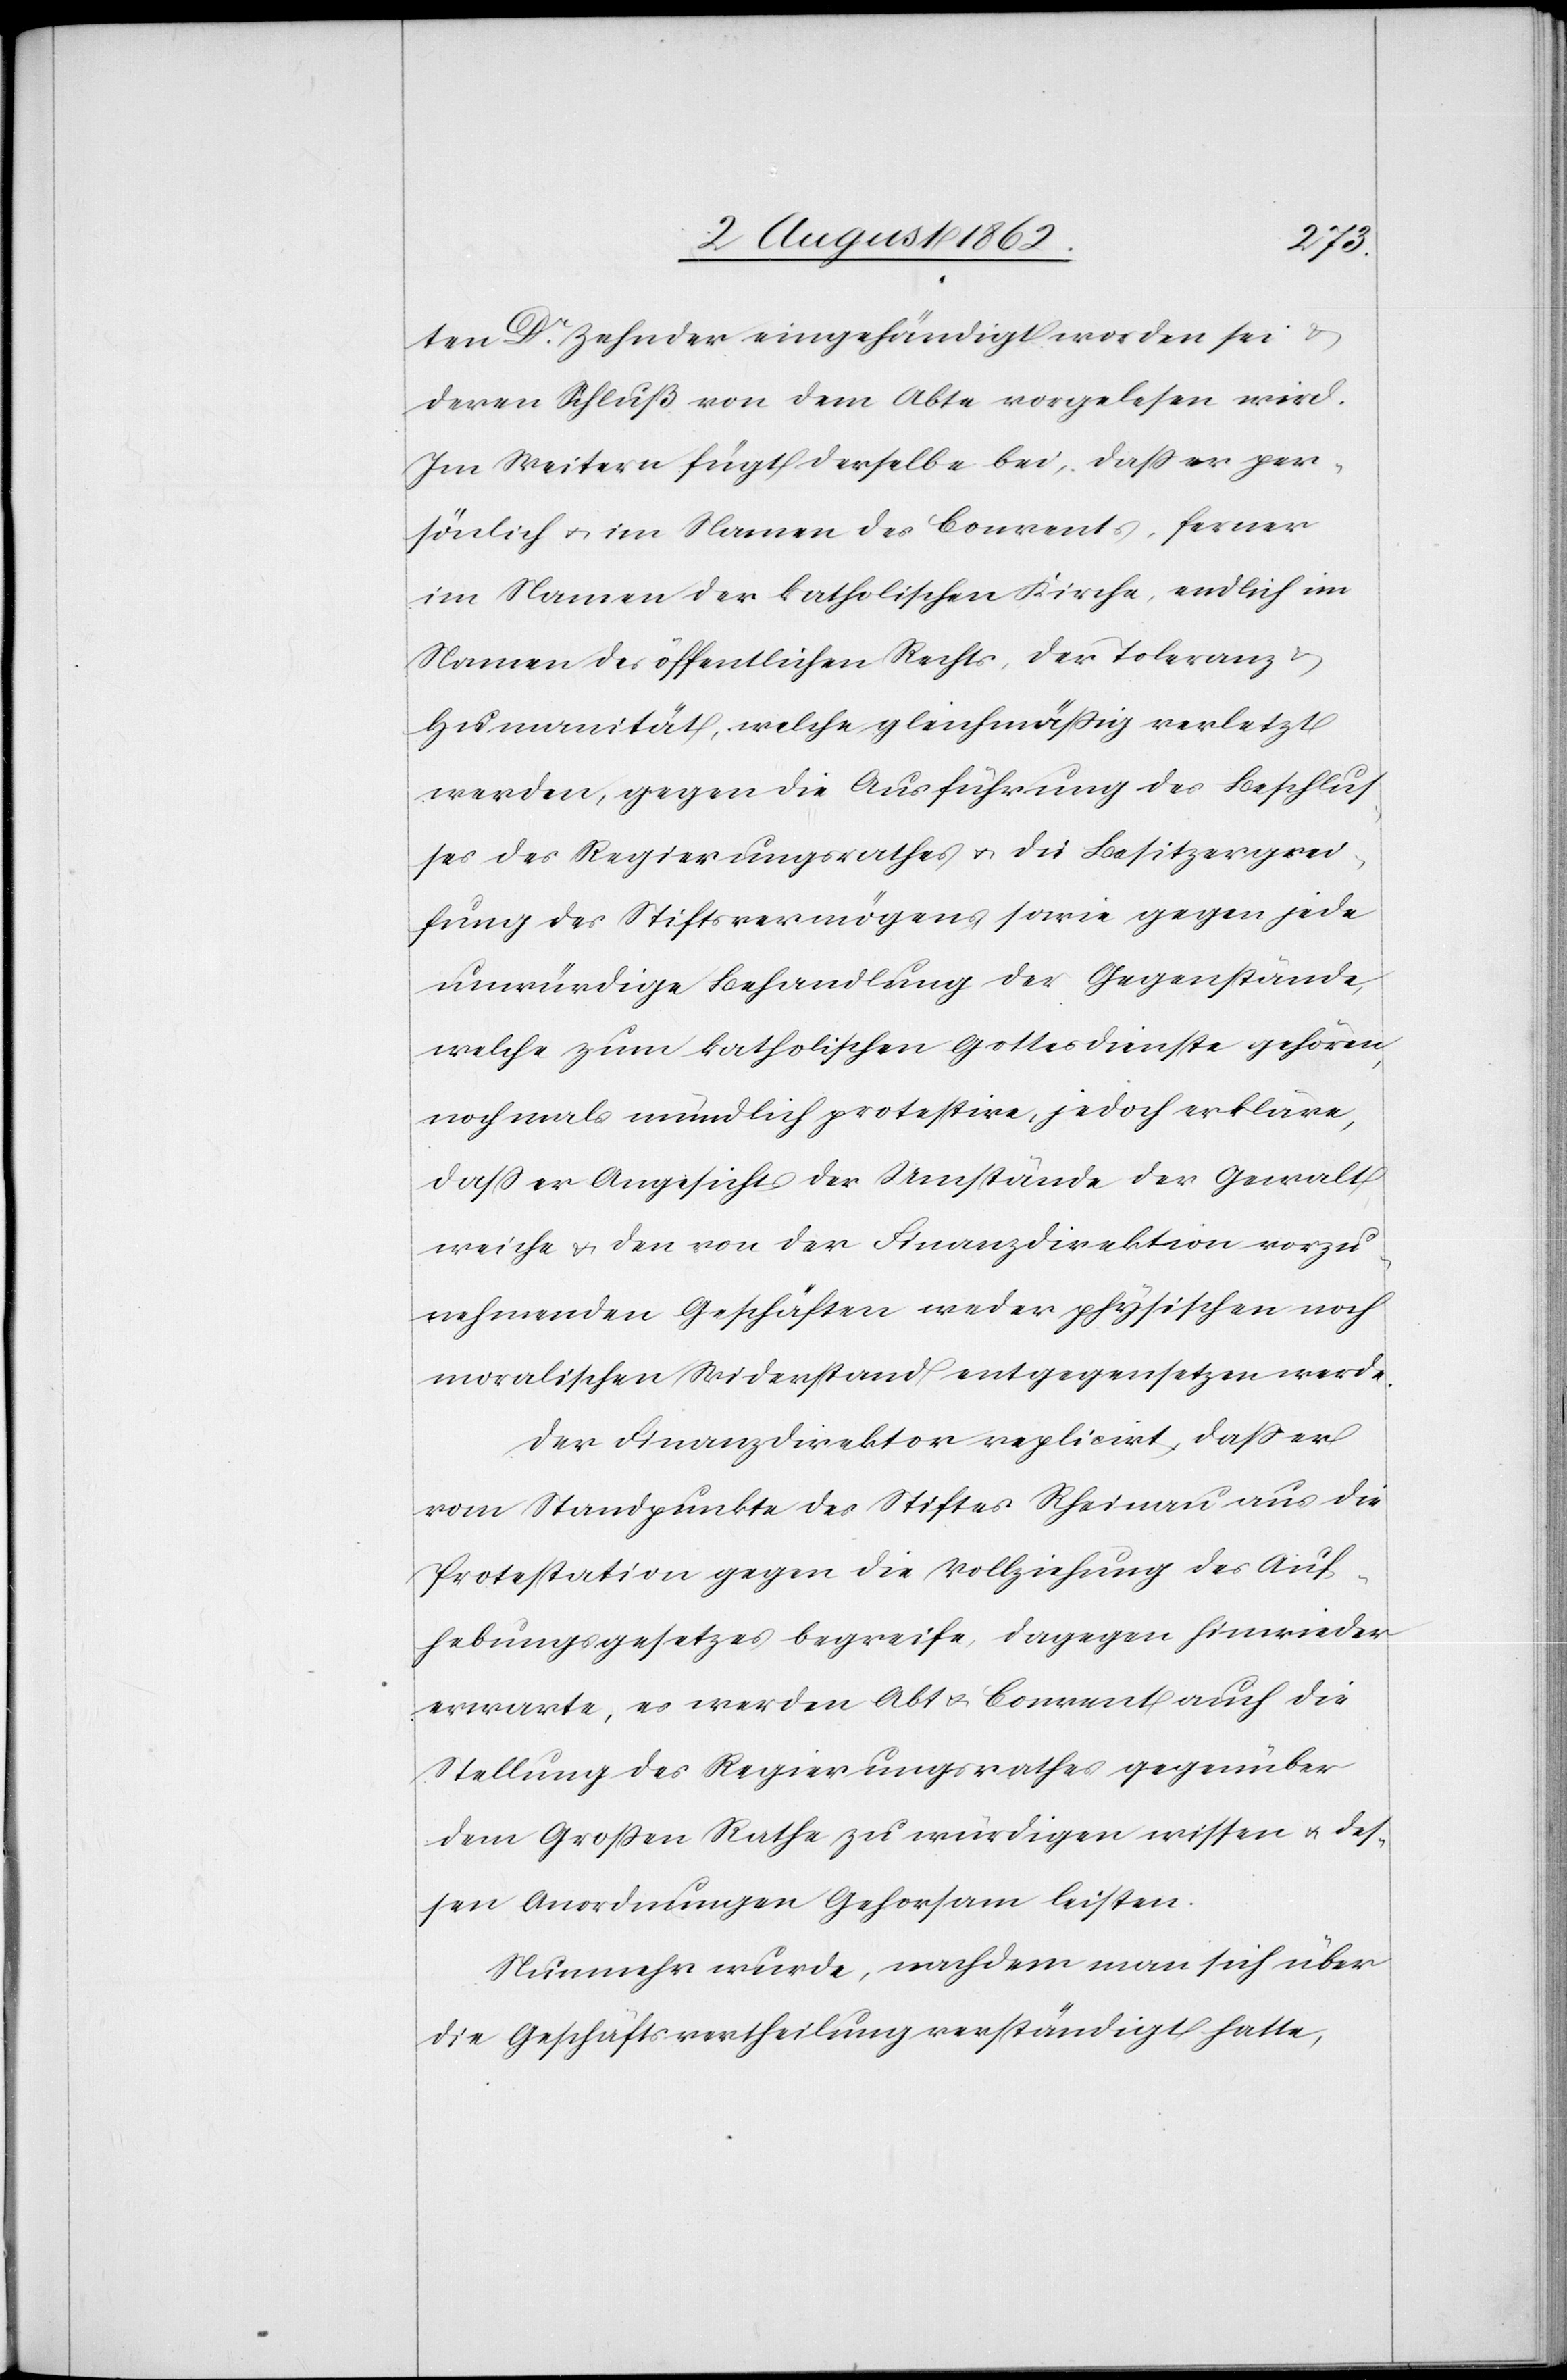
ten Dr. Zehnder eingehändigt worden sei u.
deren Schluß von dem Abte vorgelesen wird.
Im Weitern fügt derselbe bei, daß er per¬
sönlich u. im Namen des Convents, ferner
im Namen der katholischen Kirche, endlich im
Namen des öffentlichen Rechts, der Toleranz u.
Humanität, welche gleichmäßig verletzt
werden, gegen die Ausführung des Beschlus¬
ses des Regierungsrathes u. die Besitzergrei¬
fung des Stiftsvermögens, sowie gegen jede
unwürdige Behandlung der Gegenstände,
welche zum katholischen Gottesdienste gehören,
nochmals mündlich protestire, jedoch erkläre,
daß er Angesichts der Umstände der Gewalt
weiche u. den von der Finanzdirektion vorzu¬
nehmenden Geschäften weder physischen noch
moralischen Widerstand entgegensetzen werde.
Der Finanzdirektor replicirt, daß er
vom Standpunkte des Stiftes Rheinau aus die
Protestation gegen die Vollziehung des Auf¬
hebungsgesetzes begreife, dagegen hinwieder
erwarte, es werden Abt u. Convent auch die
Stellung des Regierungsrathes gegenüber
dem Großen Rathe zu würdigen wissen u. des¬
sen Anordnungen Gehorsam leisten.
Nunmehr wurde, nachdem man sich über
die Geschäftsvertheilung verständigt hatte,